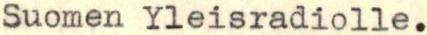
Suomen Yleisradiolle.